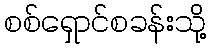
စစ်ရှောင်စခန်းသို့